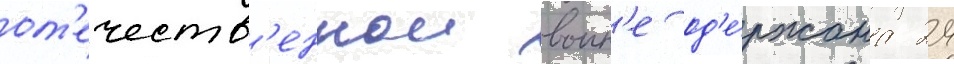
от'ечеств'еннои воин'е од'е́ржана 24